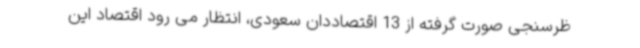
ظرسنجی صورت گرفته از 13 اقتصاددان سعودی، انتظار می رود اقتصاد این